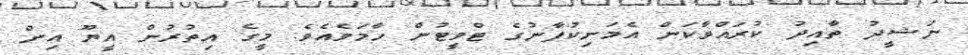
ނަޝީދު ތާއިދު ކުރައްވާކަން އެމަނިކުފާނުގެ ޓްވީޓުން ހާމަވެއެވެ. މީގެ އިތުރުން އީޔޫ އިން